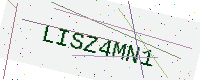
Text: LISZ4MN1